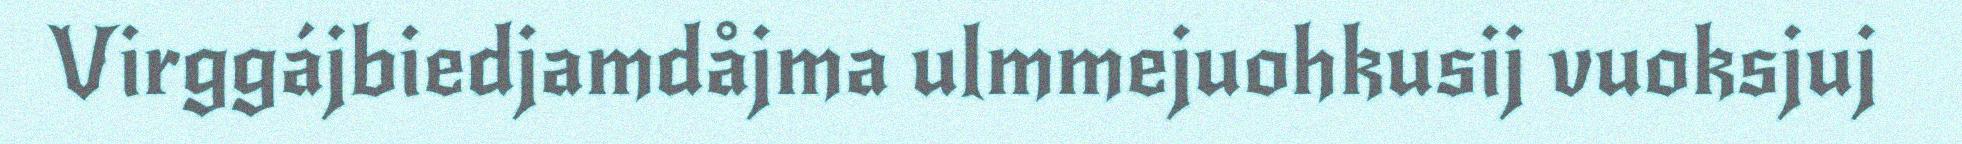
Virggájbiedjamdåjma ulmmejuohkusij vuoksjuj